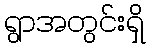
ရွာအတွင်းရှိ